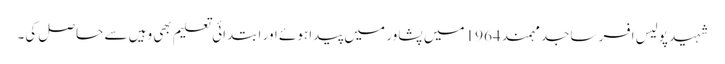
شہید پولیس افسر ساجد مہمند 1964 میں پشاور میں پیدا ہوئے اور ابتدائی تعلیم بھی وہیں سے حاصل کی۔